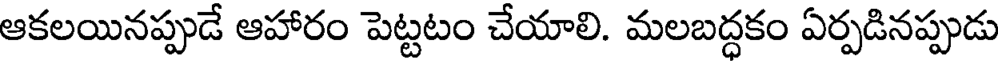
ఆకలయినప్పుడే ఆహారం పెట్టటం చేయాలి. మలబద్ధకం ఏర్పడినప్పుడు